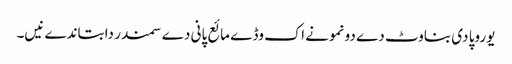
یوروپا دی بناوٹ دے دو نمونے اک وڈے مائع پانی دے سمندر دا بتاندے نیں۔